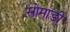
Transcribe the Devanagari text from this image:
सोमाडी